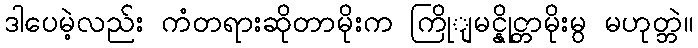
ဒါပေမဲ့လည်း ကံတရားဆိုတာမိုးက ကြိုျမင္နိုင္တာမိုးမွ မဟုတ္ဘဲ။